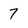
Character: 7